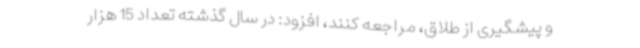
و پیشگیری از طلاق، مراجعه کنند، افزود: در سال گذشته تعداد 15 هزار